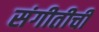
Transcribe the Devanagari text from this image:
संगीतीची